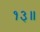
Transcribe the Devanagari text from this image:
१३॥